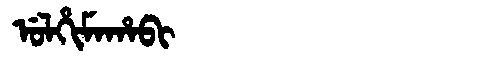
Manchu: ᡠᠯᡥᡳᠮᠠᡥᠠᠪᡳ
Romanization: ULHIMAHABI